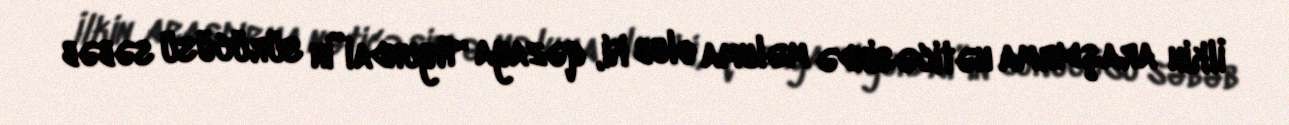
İlkin araşdırma nəticəsində məluma olub ki, qəzaya “Hyundai”in sürücüsü səbəb